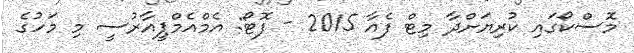
މޮސްކޯގައި ކުރިޔަށްދާ މިޓް ފެއާ 2015 - ފޮޓޯ: އެމްއެމްޕީއާރުސީ މި މަހުގެ